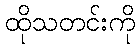
ထိုသတင်းကို